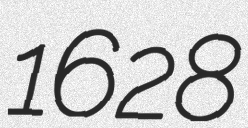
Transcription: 1628